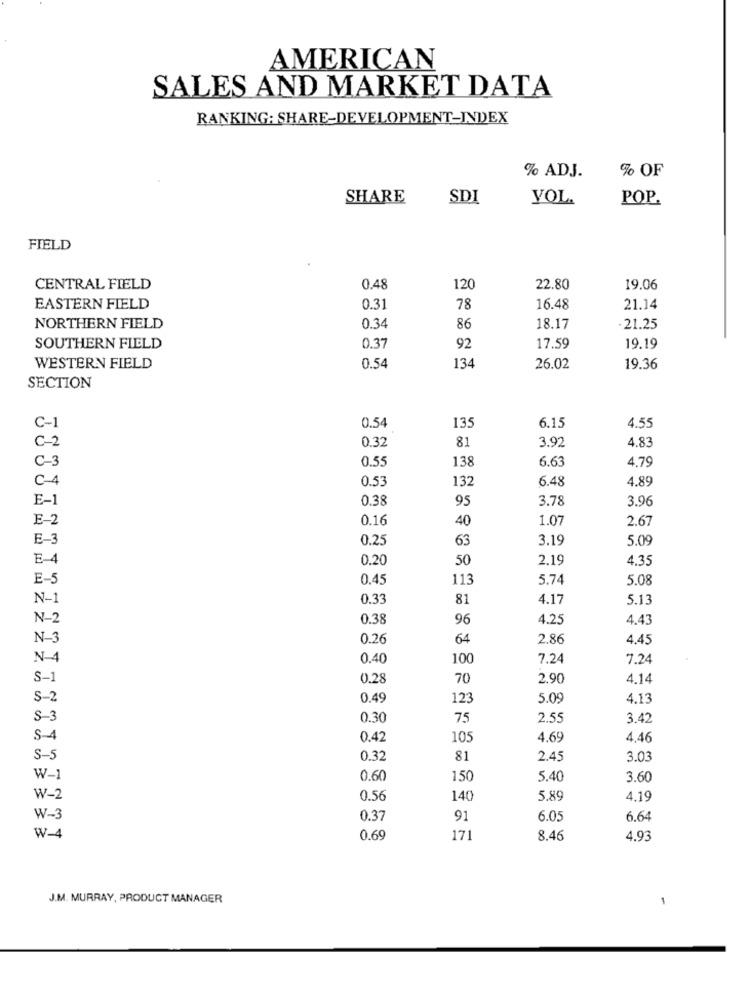
AMERICAN
SALES AND MARKET DATA
RANKING: SHARE-DEVELOPMENT-INDEX
% ADJ.
% OF
SHARE
SDI
VOL.
POP.
FIELD
CENTRAL FIELD
0.48
120
22.80
19.06
EASTERN FIELD
0.31
78
16.48
21.14
NORTHERN FIELD
0.34
86
18.17
21.25
SOUTHERN FIELD
0.37
92
17.59
19.19
WESTERN FIELD
0.54
134
26.02
19.36
SECTION
135
6.15
C-1
0.54
4.55
0.32
81
3.92
4.83
C-2
0.55
138
6.63
4.79
C-3
C-4
0.53
132
6.48
4.89
E-1
0.38
95
3.78
3.96
E-2
0.16
40
1.07
2.67
E-3
0.25
63
3.19
5.09
E-4
0.20
50
2,19
4.35
E-5
0.45
113
5.74
5.08
N-1
0.33
81
4.17
5.13
N-2
0.38
96
4.25
4.43
N-3
0.26
64
2.86
4,45
N-4
0.40
100
7.24
7.24
S-1
0.28
70
2.90
4.14
S-2
0.49
12
5.09
4.13
S-
0.30
75
2.55
3.42
S-4
0.42
105
4.69
4,46
S-5
0.32
81
2.45
3.03
W-1
0.60
150
5.40
3.60
W-2
0.56
140
5.89
4.19
W-3
0.37
91
6.05
6.64
W-4
0.69
171
8.46
4.93
J.M. MURRAY, PRODUCT MANAGER